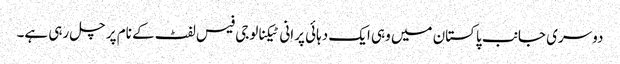
دوسری جانب پاکستان میں وہی ایک دہائی پرانی ٹیکنالوجی فیس لفٹ کے نام پر چل رہی ہے۔